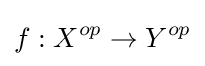
f:X^{op}\to Y^{op}